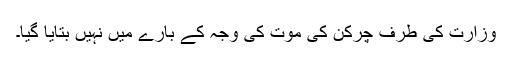
وزارت کی طرف چرکن کی موت کی وجہ کے بارے میں نہیں بتایا گیا۔